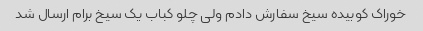
خوراک کوبیده سیخ سفارش دادم ولی چلو کباب یک سیخ برام ارسال شد